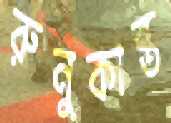
রুনুকান্ত